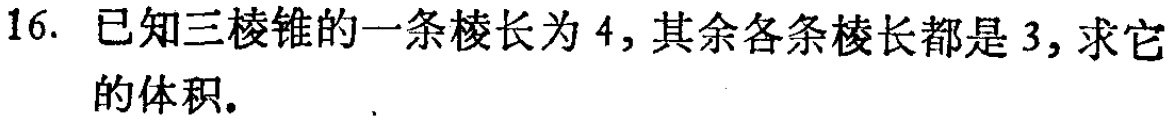
16. 已知三棱锥的一条棱长为 4, 其余各条棱长都是 3, 求它的体积.